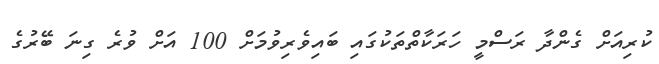
ކުރިއަށް ގެންދާ ރަސްމީ ހަރަކާތްތަކުގައި ބައިވެރިވުމަށް 100 އަށް ވުރެ ގިނަ ބޭރުގެ